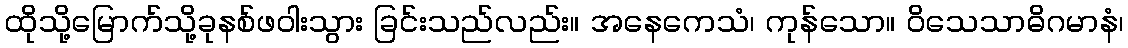
ထိုသို့မြောက်သို့ခုနစ်ဖဝါးသွား ခြင်းသည်လည်း။ အနေကေသံ၊ ကုန်သော။ ဝိသေသာဓိဂမာနံ၊